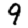
Digit: 9